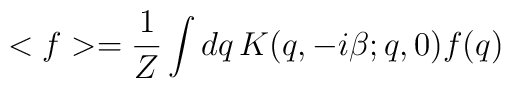
<f> = \frac{1}{Z} \int dq \, K(q, -i\beta; q,0) f(q)